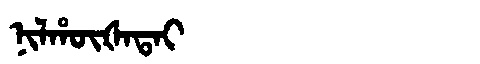
Manchu: ᠨᡳᠯᡥᡡᡧᠠᡨᠠᡳ
Romanization: NILHŪŠATAI